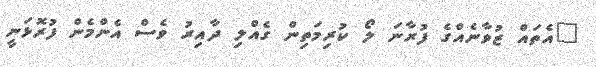
"އެތައް ޒުވާނެއްގެ ފުރާނަ ލޯ ކުރިމަތިން ގެއްލި ދާއިރު ވެސް އެންމެން ފުރޮޅަނީ